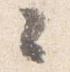
々